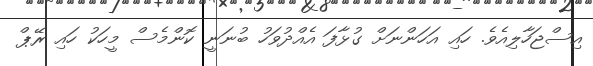
އިސްޖަހާލިއެވެ. ހައި އަހަންނަށް ގުޅާފަ އެއްދުވަހު ބުނަނީ ކޮންމެސް މީހަކު ހައި ރޭޕް